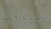
سيؤول